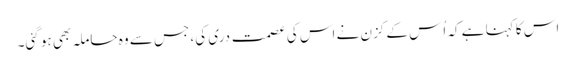
اس کا کہنا ہے کہ اُس کے کزن نے اس کی عصمت دری کی، جس سے وہ حاملہ بھی ہو گئی۔